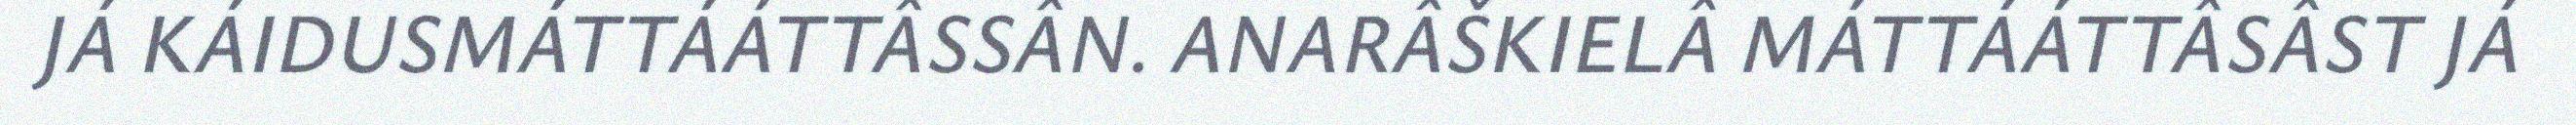
JÁ KÁIDUSMÁTTÁÁTTÂSSÂN. ANARÂŠKIELÂ MÁTTÁÁTTÂSÂST JÁ